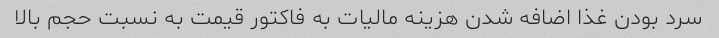
سرد بودن غذا اضافه شدن هزینه مالیات به فاکتور قیمت به نسبت حجم بالا